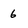
Character: 6